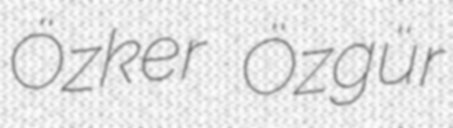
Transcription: Özker Özgür